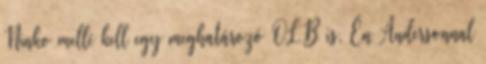
Ninko mellé kell egy meghatározó OLB is. Én Andersonnal